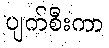
ပျက်စီးကာ